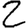
Digit: 2